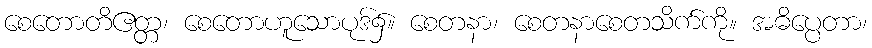
စေတောတိဧတ္တ၊ စေတောဟူသောပုဒ်၌။ စေတနာ၊ စေတနာစေတသိက်ကို။ အဓိပ္ပေတာ၊